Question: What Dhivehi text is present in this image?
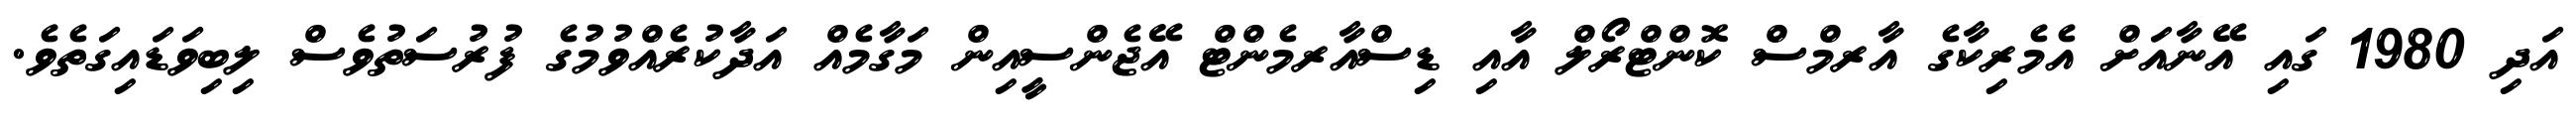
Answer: އަދި 1980 ގައި އޭނާއަށް އެމެރިކާގެ އާރމްސް ކޮންޓްރޯލް އާއި ޑިސްއާރމެންޓް އޭޖެންސީއިން މަގާމެއް އަދާކުރެއްވުމުގެ ފުރުސަތުވެސް ލިބިވަޑައިގަތެވެ.